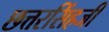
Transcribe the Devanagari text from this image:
छत्तरसिंहजी